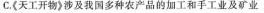
C.《天工开物》涉及我国多种农产品的加工和手工业及矿业